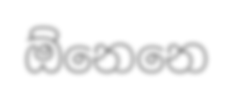
ඕනෙනෙ